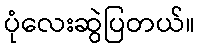
ပုံလေးဆွဲပြတယ်။